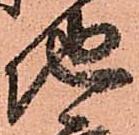
地